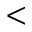
<